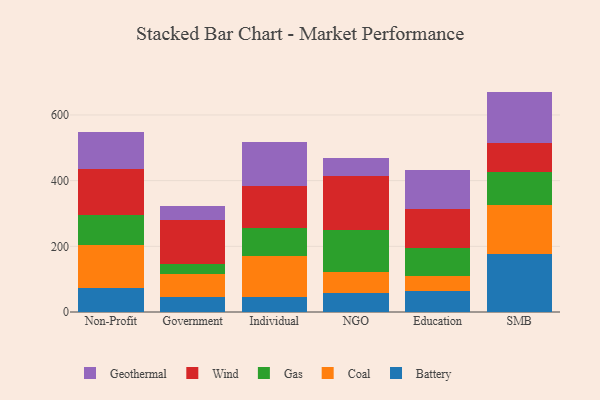
{"axis": {"x": "Segment", "y": "Tickets Resolved"}, "legend": ["Battery", "Coal", "Gas", "Geothermal", "Wind"], "data": [{"x": "Non-Profit", "y": 72.1, "type": "Battery"}, {"x": "Non-Profit", "y": 133.4, "type": "Coal"}, {"x": "Non-Profit", "y": 89.2, "type": "Gas"}, {"x": "Non-Profit", "y": 141.3, "type": "Wind"}, {"x": "Non-Profit", "y": 112.3, "type": "Geothermal"}, {"x": "Government", "y": 47.1, "type": "Battery"}, {"x": "Government", "y": 69.3, "type": "Coal"}, {"x": "Government", "y": 28.7, "type": "Gas"}, {"x": "Government", "y": 135.3, "type": "Wind"}, {"x": "Government", "y": 41.0, "type": "Geothermal"}, {"x": "Individual", "y": 46.4, "type": "Battery"}, {"x": "Individual", "y": 123.7, "type": "Coal"}, {"x": "Individual", "y": 85.1, "type": "Gas"}, {"x": "Individual", "y": 129.5, "type": "Wind"}, {"x": "Individual", "y": 134.4, "type": "Geothermal"}, {"x": "NGO", "y": 59.2, "type": "Battery"}, {"x": "NGO", "y": 63.5, "type": "Coal"}, {"x": "NGO", "y": 128.2, "type": "Gas"}, {"x": "NGO", "y": 163.1, "type": "Wind"}, {"x": "NGO", "y": 54.8, "type": "Geothermal"}, {"x": "Education", "y": 62.9, "type": "Battery"}, {"x": "Education", "y": 47.6, "type": "Coal"}, {"x": "Education", "y": 84.5, "type": "Gas"}, {"x": "Education", "y": 119.0, "type": "Wind"}, {"x": "Education", "y": 118.7, "type": "Geothermal"}, {"x": "SMB", "y": 176.1, "type": "Battery"}, {"x": "SMB", "y": 150.7, "type": "Coal"}, {"x": "SMB", "y": 98.1, "type": "Gas"}, {"x": "SMB", "y": 90.5, "type": "Wind"}, {"x": "SMB", "y": 155.7, "type": "Geothermal"}]}